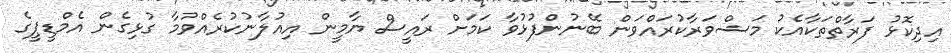
އިދިކޮޅު ފަރާތްތަކާއެކު މަޝްވަރާކުރައްވަން ބޭނުންފުޅުވާ ކަމަށް ރައީސް ޔާމީން އިއުލާނުކުރެއްވުމާ ގުޅިގެން އެމްޑީޕީގެ